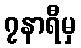
၇နာရီမှ